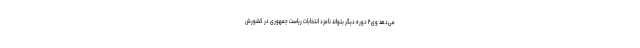
می‌دهد وی ۲ دوره دیگر بتواند نامزد انتخابات ریاست جمهوری در کشورش